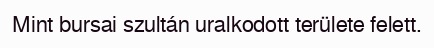
Mint bursai szultán uralkodott területe felett.